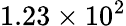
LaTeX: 1.23\times 10^{2}